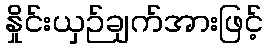
နှိုင်းယှဉ်ချက်အားဖြင့်